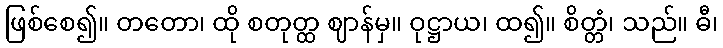
ဖြစ်စေ၍။ တတော၊ ထို စတုတ္ထ ဈာန်မှ။ ဝုဋ္ဌာယ၊ ထ၍။ စိတ္တံ၊ သည်။ ဓီ၊